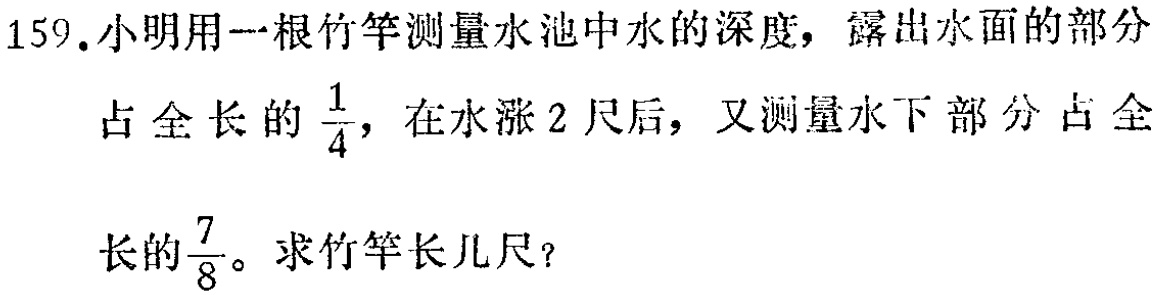
159.小明用一根竹竿测量水池中水的深度，露出水面的部分占全长的$\frac{1}{4}$，在水涨2尺后，又测量水下部分占全长的$\frac{7}{8}$。求竹竿长几尺？